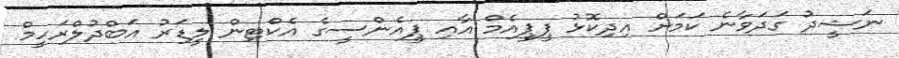
ނަޝީދު ގަދަވާނެ ކަމަށް އިދިކޮޅު ޕީޕީއެމް އާއި ޕީއެންސީގެ އެކްޓިން ލީޑަރު އަބްދުލްރަހީމް